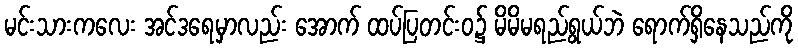
မင်းသားကလေး အင်ဒရေမှာလည်း အောက် ထပ်ပြတင်းဝ၌ မိမိမရည်ရွယ်ဘဲ ရောက်ရှိနေသည်ကို